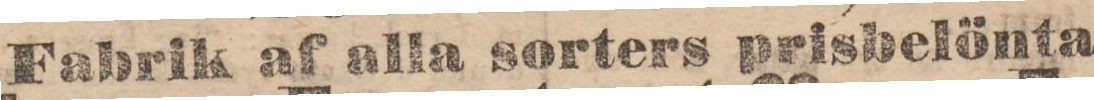
Fabrik af alla sorters prisbelönta